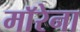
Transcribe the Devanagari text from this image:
माॅरेना